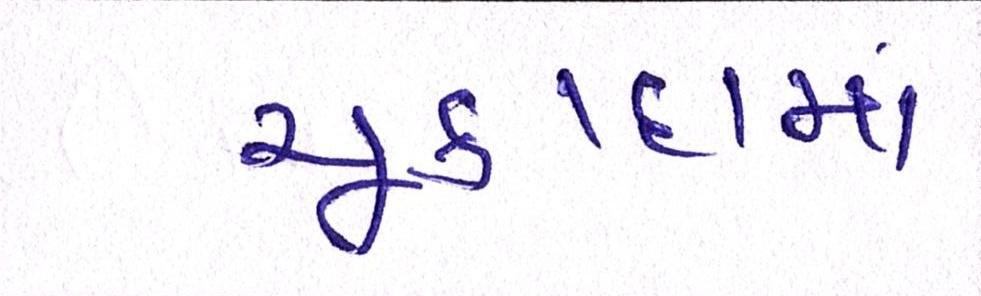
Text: ચૂકાદામાં